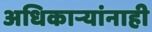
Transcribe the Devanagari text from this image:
अधिकार्‍यांनाही